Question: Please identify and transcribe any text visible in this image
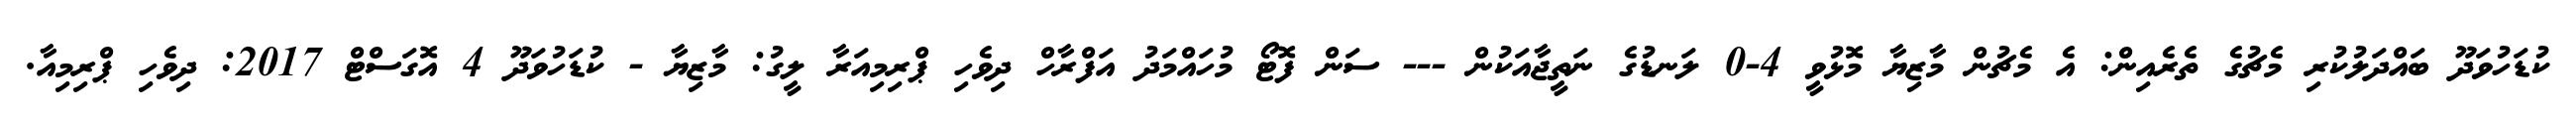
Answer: ކުޑަހުވަދޫ ބައްދަލުކުރި މެޗުގެ ތެރެއިން: އެ މެޗުން މާޒިޔާ މޮޅުވީ 4-0 ލަނޑުގެ ނަތީޖާއަކުން --- ސަން ފޮޓޯ މުހައްމަދު އަފްރާހް ދިވެހި ޕްރިމިއަރާ ލީގު: މާޒިޔާ - ކުޑަހުވަދޫ 4 އޮގަސްޓް 2017: ދިވެހި ޕްރިމިއާ.